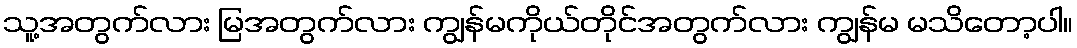
သူ့အတွက်လား မြအတွက်လား ကျွန်မကိုယ်တိုင်အတွက်လား ကျွန်မ မသိတော့ပါ။